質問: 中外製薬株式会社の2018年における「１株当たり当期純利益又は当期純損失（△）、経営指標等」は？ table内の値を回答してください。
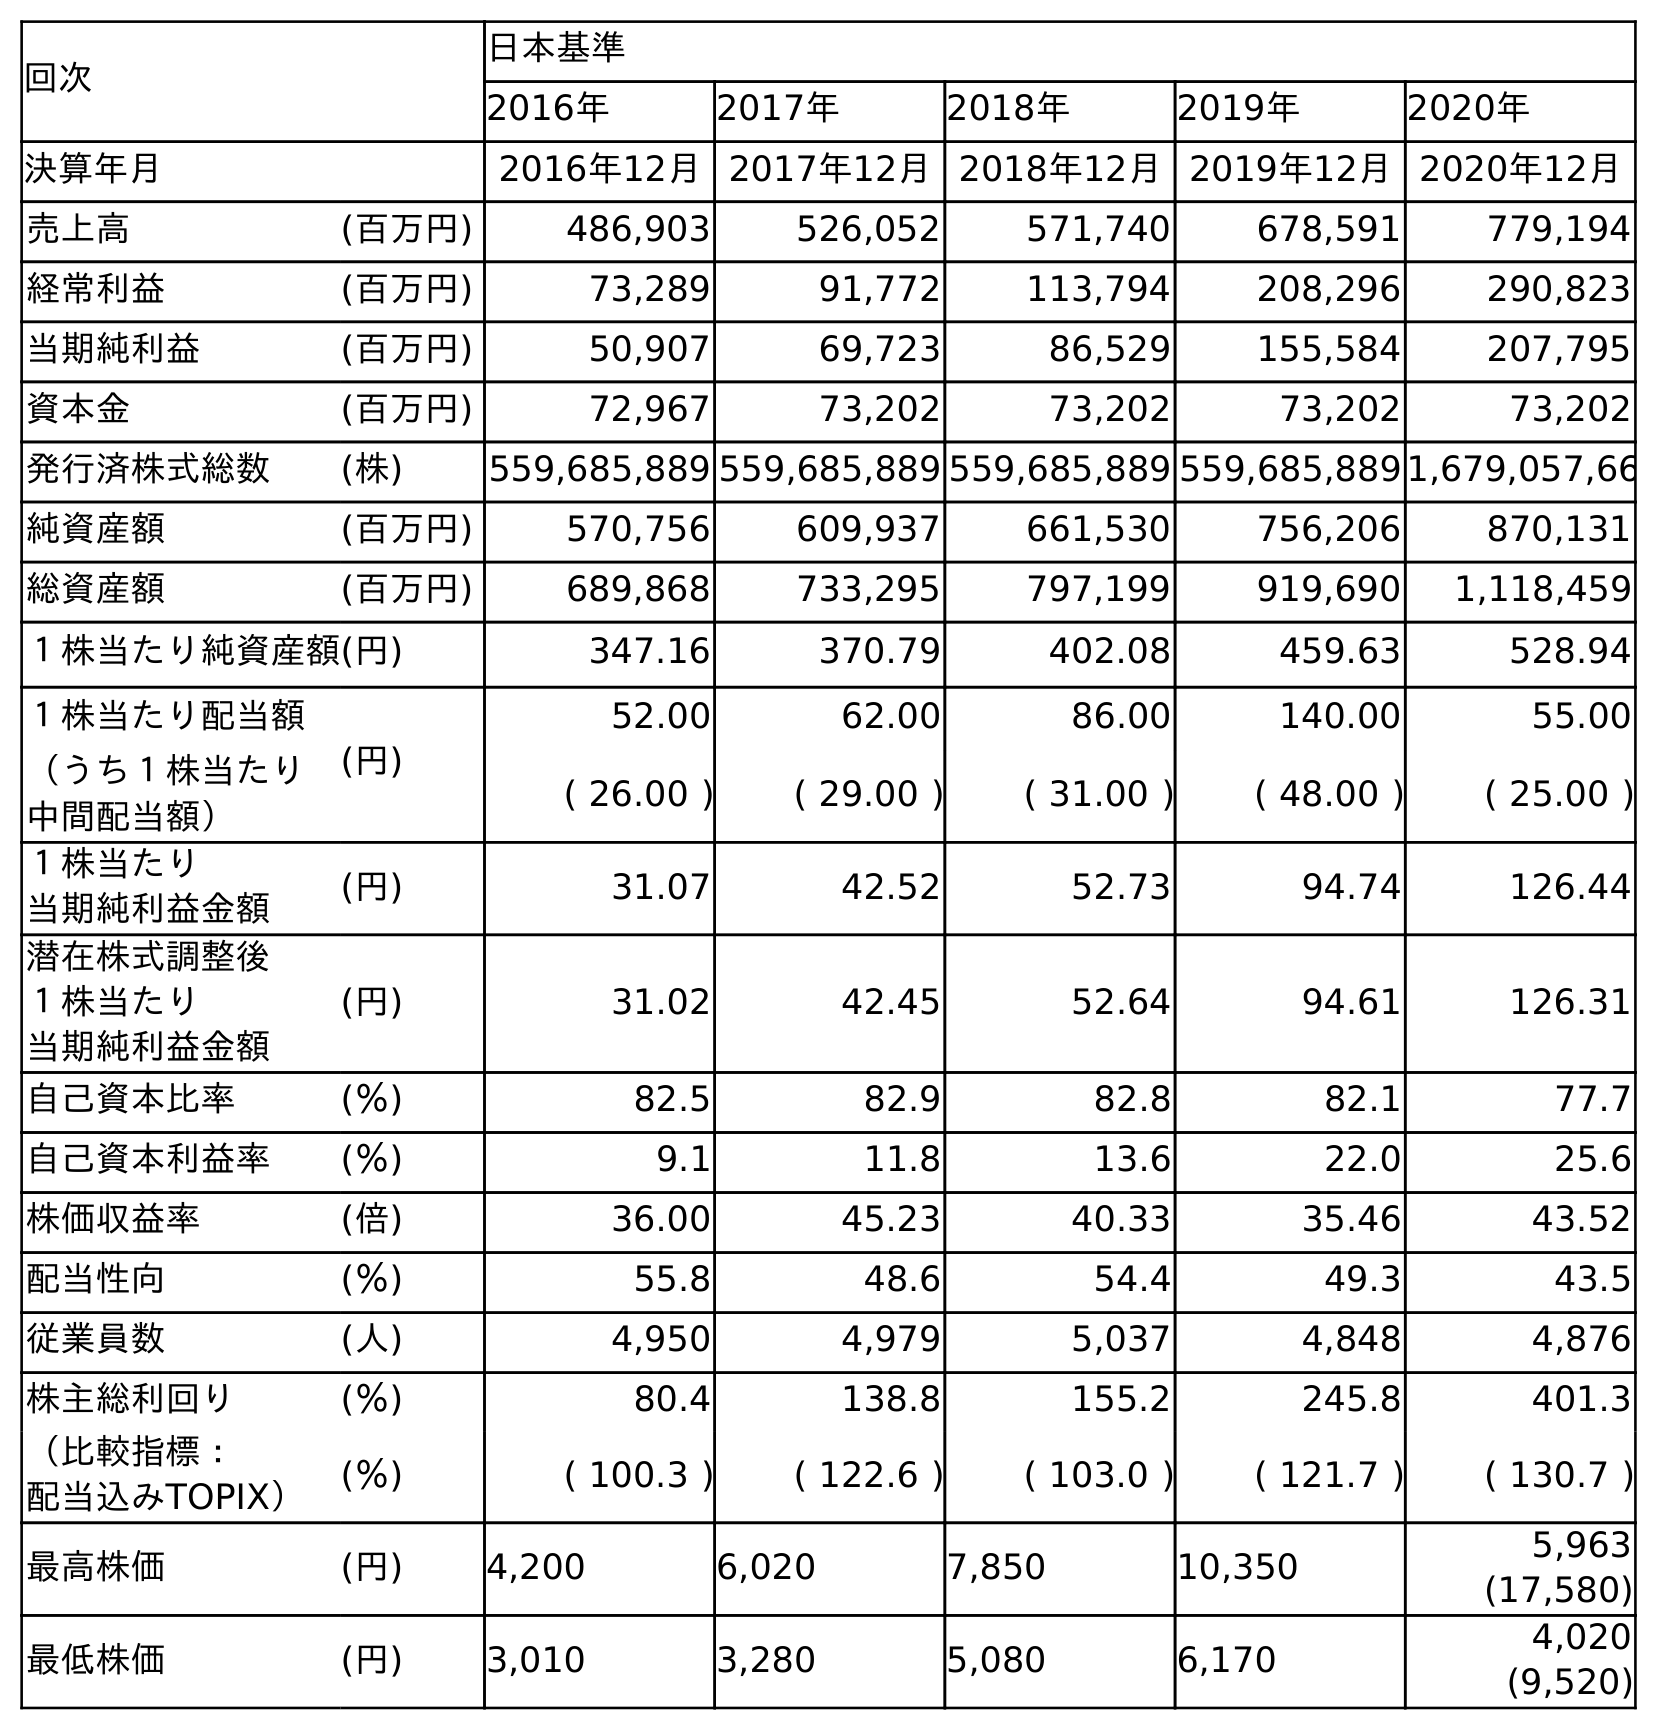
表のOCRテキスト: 回次 日本基準 2016年 2017年 2018年 2019年 2020年 決算年月 2016年12月2017年12月2018年12月2019年12月2020年12月 売上高 (百万円) 486,903 526,052 571,740 678,591 779,194 経常利益 (百万円) 73,289 91,772 113,794 208,296 290,823 当期純利益 (百万円) 50,907 69,723 86,529 155,584 207,795 資本金 (百万円) 72,967 73,202 73,202 73,202 73,202 発行済株式総数 (株) 559,685,889 559,685,889 559,685,889 559,685,8891,679,057,66 純資産額 (百万円) 570,756 609,937 661,530 756,206 870,131 総資産額 (百万円) 689,868 733,295 797,199 919,690 1,118,459 １株当たり純資産額(円) 347.16 370.79 402.08 459.63 528.94 １株当たり配当額 (円) 52.00 62.00 86.00 140.00 55.00 （うち１株当たり 中間配当額） ( 26.00 ) ( 29.00 ) ( 31.00 ) ( 48.00 ) ( 25.00 ) １株当たり 当期純利益金額 (円) 31.07 42.52 52.73 94.74 126.44 潜在株式調整後 １株当たり 当期純利益金額 (円) 31.02 42.45 52.64 94.61 126.31 自己資本比率 (％) 82.5 82.9 82.8 82.1 77.7 自己資本利益率 (％) 9.1 11.8 13.6 22.0 25.6 株価収益率 (倍) 36.00 45.23 40.33 35.46 43.52 配当性向 (％) 55.8 48.6 54.4 49.3 43.5 従業員数 (人) 4,950 4,979 5,037 4,848 4,876 株主総利回り (％) 80.4 138.8 155.2 245.8 401.3 （比較指標： 配当込みTOPIX） (％) ( 100.3 ) ( 122.6 ) ( 103.0 ) ( 121.7 ) ( 130.7 ) 最高株価 (円) 4,200 6,020 7,850 10,350 5,963 (17,580) 最低株価 (円) 3,010 3,280 5,080 6,170 4,020 (9,520)
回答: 52.73